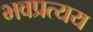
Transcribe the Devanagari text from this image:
भवप्रत्यय